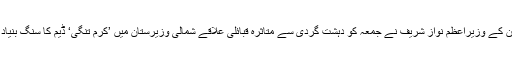
پاکستان کے وزیراعظم نواز شریف نے جمعہ کو دہشت گردی سے متاثرہ قبائلی علاقے شمالی وزیرستان میں ’کرم تنگی‘ ڈیم کا سنگ بنیاد رکھا۔